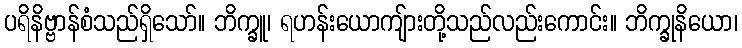
ပရိနိဗ္ဗာန်စံသည်ရှိသော်။ ဘိက္ခူ၊ ရဟန်းယောကျ်ားတို့သည်လည်းကောင်း။ ဘိက္ခုနိယော၊